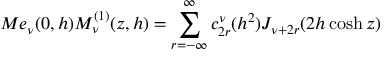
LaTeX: M e _ { \nu } ( 0 , h ) M _ { \nu } ^ { ( 1 ) } ( z , h ) = \sum _ { r = - \infty } ^ { \infty } c _ { 2 r } ^ { \nu } ( h ^ { 2 } ) J _ { \nu + 2 r } ( 2 h \cosh z )